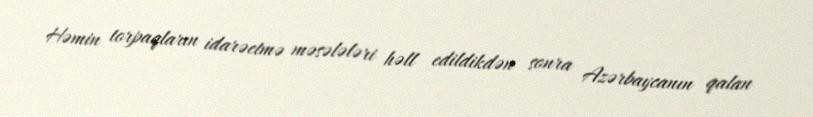
Həmin torpaqların idarəetmə məsələləri həll edildikdən sonra Azərbaycanın qalan